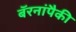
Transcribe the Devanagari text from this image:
बॅरनांपैकी